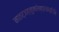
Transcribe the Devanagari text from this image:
मातर्जह्नुनरेन्द्रनन्दिनि